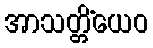
အာသတ္တိံယေဝ